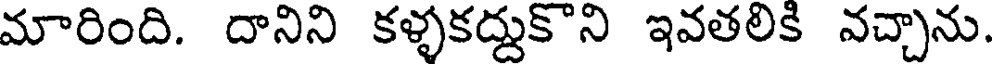
మారింది. దానిని కళ్ళకద్దుకొని ఇవతలికి వచ్చాను.